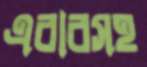
এবারসহ